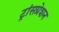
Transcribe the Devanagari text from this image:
ट्रांसग्रेशन